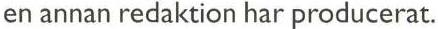
en annan redaktion har producerat.